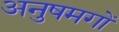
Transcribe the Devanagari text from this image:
अनुषमगों